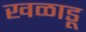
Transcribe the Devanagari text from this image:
खळाडू